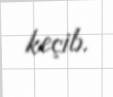
keçib.